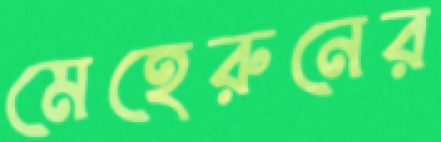
মেহেরুনের